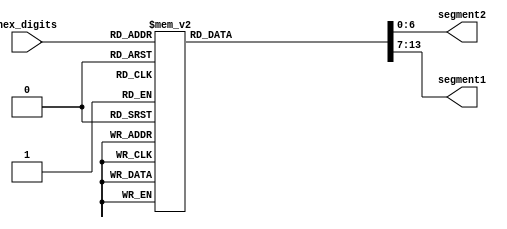
module hx2display (hex_digits, segment2, segment1);
  input [4:0] hex_digits;
  output reg [6:0] segment1, segment2;

  always @ ( * )
    case (hex_digits)
      5'h0: begin
          segment2 = 7'b100_0000;
          segment1 = 7'b100_0000;
      end
      5'h1: begin
          segment2 = 7'b100_0000;
          segment1 = 7'b111_1001;
      end
      5'h2: begin
          segment2 = 7'b100_0000;
          segment1 = 7'b010_0100;
      end
      5'h3: begin
          segment2 = 7'b100_0000;
          segment1 = 7'b011_0000;
      end
      5'h4: begin
          segment2 = 7'b100_0000;
          segment1 = 7'b001_1001;
      end
      5'h5: begin
          segment2 = 7'b100_0000;
          segment1 = 7'b001_0010;
      end
      5'h6: begin
          segment2 = 7'b100_0000;
          segment1 = 7'b000_0010;
      end
      5'h7: begin
          segment2 = 7'b100_0000;
          segment1 = 7'b111_1000;
      end
      5'h8: begin
          segment2 = 7'b100_0000;
          segment1 = 7'b000_0000;
      end
      5'h9: begin
          segment2 = 7'b100_0000;
          segment1 = 7'b001_1000;
      end
      5'hA: begin
          segment2 = 7'b100_0000;
          segment1 = 7'b000_1000;
      end
      5'hB: begin
          segment2 = 7'b100_0000;
          segment1 = 7'b000_0011;
      end
      5'hC: begin
          segment2 = 7'b100_0000;
          segment1 = 7'b100_0110;
      end
      5'hD: begin
          segment2 = 7'b100_0000;
          segment1 = 7'b010_0001;
      end
      5'hE: begin
          segment2 = 7'b100_0000;
          segment1 = 7'b000_0110;
      end
      5'hF: begin
          segment2 = 7'b100_0000;
          segment1 = 7'b000_1110;
      end
      5'h10: begin
          segment2 = 7'b111_1001;
          segment1 = 7'b100_0000;
      end
      5'h11: begin
          segment2 = 7'b111_1001;
          segment1 = 7'b111_1001;
      end
      5'h12: begin
          segment2 = 7'b111_1001;
          segment1 = 7'b010_0100;
      end
      5'h13: begin
          segment2 = 7'b111_1001;
          segment1 = 7'b011_0000;
      end
      5'h14: begin
          segment2 = 7'b111_1001;
          segment1 = 7'b001_1001;
      end
      5'h15: begin
          segment2 = 7'b111_1001;
          segment1 = 7'b001_0010;
      end
      5'h16: begin
          segment2 = 7'b111_1001;
          segment1 = 7'b000_0010;
      end
      5'h17: begin
          segment2 = 7'b111_1001;
          segment1 = 7'b111_1000;
      end
      5'h18: begin
          segment2 = 7'b111_1001;
          segment1 = 7'b000_0000;
      end
      5'h19: begin
          segment2 = 7'b111_1001;
          segment1 = 7'b001_1000;
      end
      5'h1A: begin
          segment2 = 7'b111_1001;
          segment1 = 7'b000_1000;
      end
      5'h1B: begin
          segment2 = 7'b111_1001;
          segment1 = 7'b000_0011;
      end
      5'h1C: begin
          segment2 = 7'b111_1001;
          segment1 = 7'b100_0110;
      end
      5'h1D: begin
          segment2 = 7'b111_1001;
          segment1 = 7'b010_0001;
      end
      5'h1E: begin
          segment2 = 7'b111_1001;
          segment1 = 7'b000_0110;
      end
      5'h1F: begin
          segment2 = 7'b111_1001;
          segment1 = 7'b000_1110;
      end
      default: begin
          segment1 = 7'h7f;
          segment2 = 7'h7f;
      end
    endcase

endmodule